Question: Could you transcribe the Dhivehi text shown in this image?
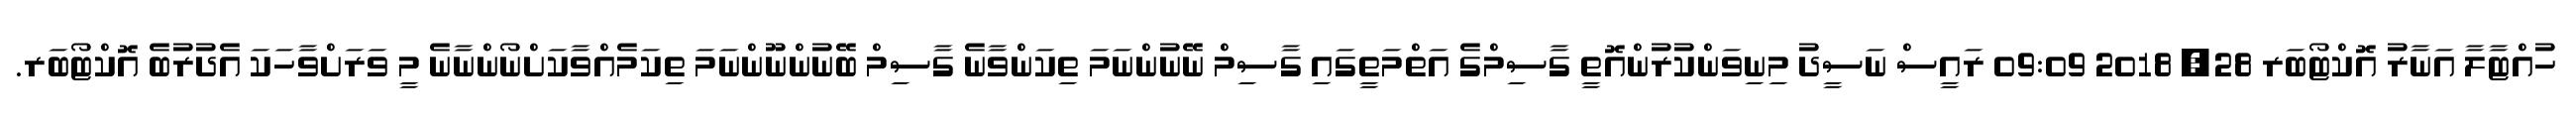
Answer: ހުއްޓާލާ އަނާރު އޮކްޓޯބަރ 28, 2018 09:09 ރައީސް ނަސީދު މިނިވަންކުރުންއޮތީ ގާސިމްގެ އަތްމަތީގައި ގާސިމް ނޭނުންނަމަ ތިކަންވާނެ ގާސިމް ބޭނުންނޫންނަމަ ތިކަމެއްވާކަށްނޯންނާނެ މީ ވަރަށްވާހަކަ އެދުރުބެ އޮކްޓޯބަރ.